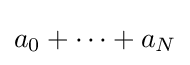
a_{0}+\cdots +a_{N}